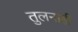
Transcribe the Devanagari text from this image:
तुलनाही